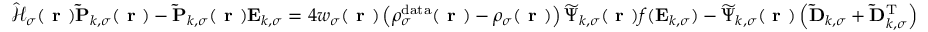
\begin{array} { r } { \hat { \mathcal { { H } } } _ { \sigma } ( \boldsymbol { \textbf { r } } ) \mathbf { \widetilde { P } } _ { k , \sigma } ( \boldsymbol { \textbf { r } } ) - \mathbf { \widetilde { P } } _ { k , \sigma } ( \boldsymbol { \textbf { r } } ) \mathbf { E } _ { k , \sigma } = 4 w _ { \sigma } ( \boldsymbol { \textbf { r } } ) \left( \rho _ { \sigma } ^ { \mathrm { d a t a } } ( \boldsymbol { \textbf { r } } ) - \rho _ { \sigma } ( \boldsymbol { \textbf { r } } ) \right) \boldsymbol { \widetilde { \Psi } } _ { k , \sigma } ( \boldsymbol { \textbf { r } } ) f ( \mathbf { E } _ { k , \sigma } ) - \boldsymbol { \widetilde { \Psi } } _ { k , \sigma } ( \boldsymbol { \textbf { r } } ) \left( \mathbf { \widetilde { D } } _ { k , \sigma } + \mathbf { \widetilde { D } } _ { k , \sigma } ^ { \mathrm { T } } \right) \, } \end{array}